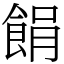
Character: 䬼